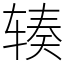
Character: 辏